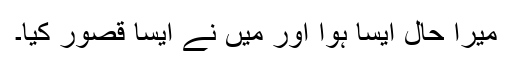
میرا حال ایسا ہوا اور میں نے ایسا قصور کیا۔